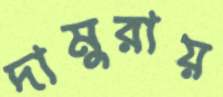
দামুরায়